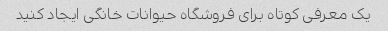
یک معرفی کوتاه برای فروشگاه حیوانات خانگی ایجاد کنید